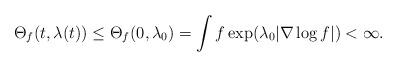
LaTeX: \begin{align*}\Theta_f(t, \lambda(t)) \leq \Theta_f(0, \lambda_0) =\int f \exp(\lambda_0 |\nabla \log f |) < \infty. \end{align*}